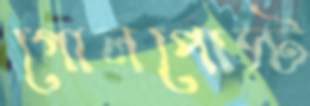
গোলপোস্ট